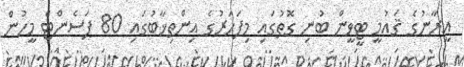
އީރާނުގެ ޤައުމީ ޓީވީން ބުނި ގޮތުގައި މިފަހަރުގެ އިންތިޚާބުގައި 80 ޕަސެންޓް މީހުން